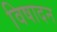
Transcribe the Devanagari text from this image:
विषादन